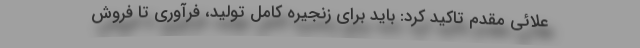
علائی مقدم تاکید کرد: باید برای زنجیره کامل تولید، فرآوری تا فروش